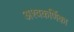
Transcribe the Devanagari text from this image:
अश्वकर्णिका